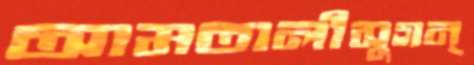
আমতালীসুগন্